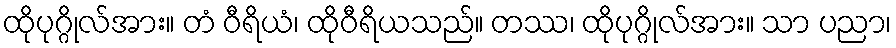
ထိုပုဂ္ဂိုလ်အား။ တံ ဝီရိယံ၊ ထိုဝီရိယသည်။ တဿ၊ ထိုပုဂ္ဂိုလ်အား။ သာ ပညာ၊